Plague in India, 1896, 1897 - Volume 2
Year: 1896
Disease focus: Plague
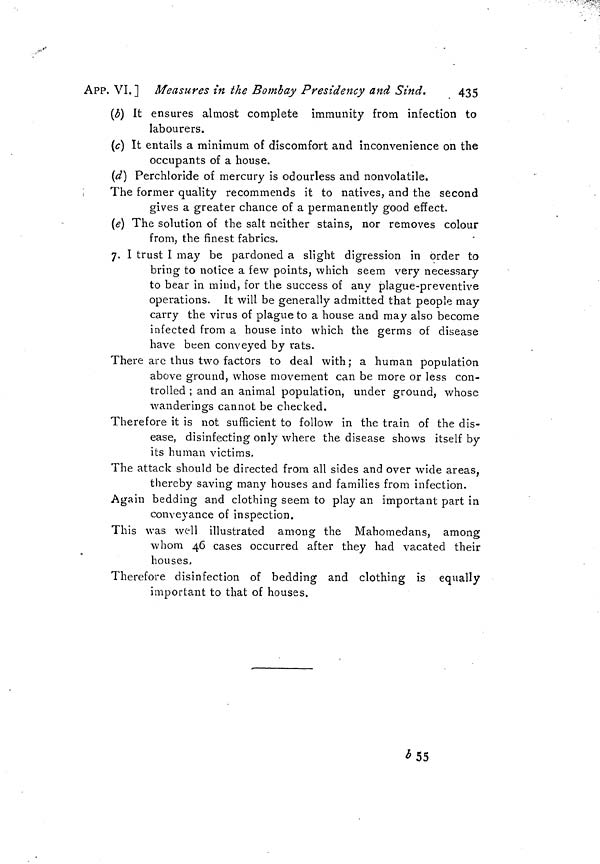
APP. VI.] Measures in the Bombay Presidency and Sind.
435
(b) It ensures almost complete immunity from infection to
labourers.
(c) It entails a minimum of discomfort and inconvenience on the
occupants of a house.
(d) Perchloride of mercury is odourless and nonvolatile.
The former quality recommends it to natives, and the second
gives a greater chance of a permanently good effect.
(e) The solution of the salt neither stains, nor removes colour
from, the finest fabrics.
7. I trust I may be pardoned a slight digression in order to
bring to notice a few points, which seem very necessary
to bear in mind, for the success of any plague-preventive
operations. It will be generally admitted that people may
carry the virus of plague to a house and may also become
infected from a house into which the germs of disease
have been conveyed by rats.
There arc thus two factors to deal with; a human population
above ground, whose movement can be more or less con-
trolled ; and an animal population, under ground, whose
wanderings cannot be checked.
Therefore it is not sufficient to follow in the train of the dis-
ease, disinfecting only where the disease shows itself by
its human victims.
The attack should be directed from all sides and over wide areas,
thereby saving many houses and families from infection.
Again bedding and clothing seem to play an important part in
conveyance of inspection.
This was well illustrated among the Mahomedans, among
whom 46 cases occurred after they had vacated their
houses,
Therefore disinfection of bedding and clothing is equally
important to that of houses.
b 55